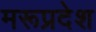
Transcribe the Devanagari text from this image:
मरूप्रदेश